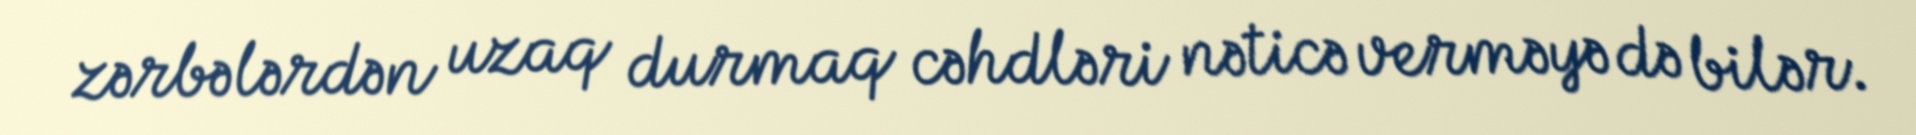
zərbələrdən uzaq durmaq cəhdləri nəticə verməyə də bilər.